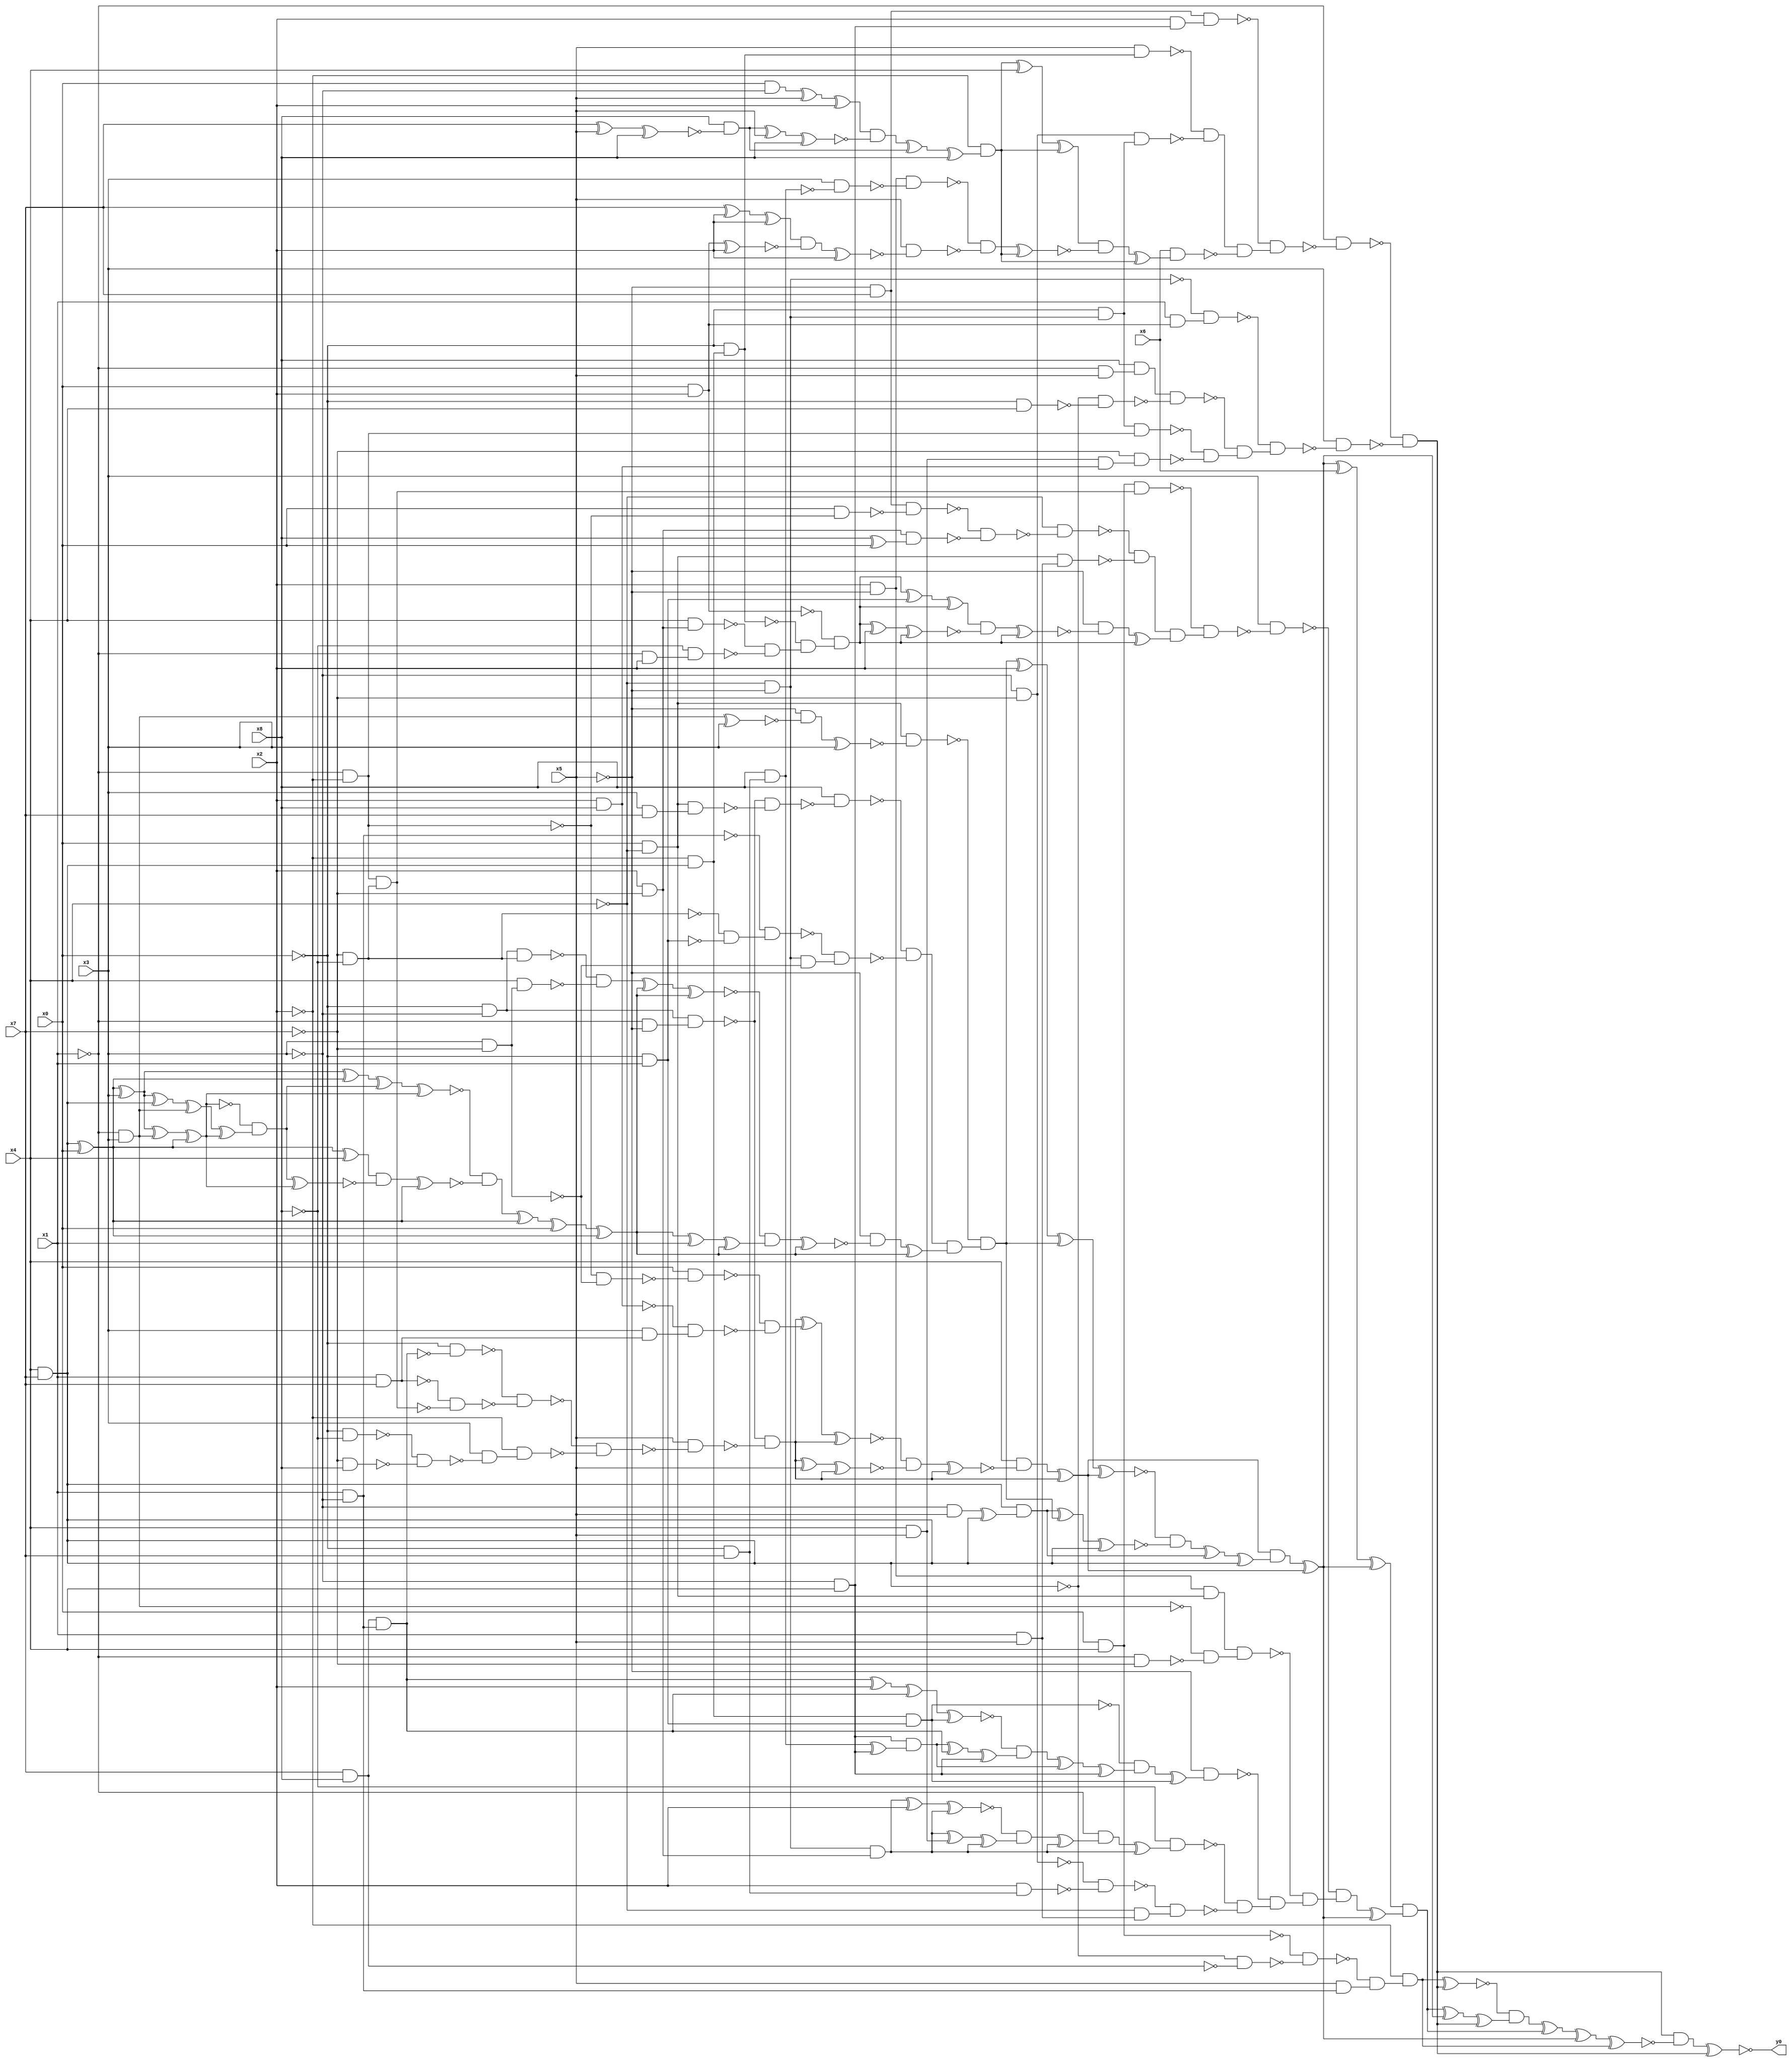
module top( x0 , x1 , x2 , x3 , x4 , x5 , x6 , x7 , x8 , y0 );
  input x0 , x1 , x2 , x3 , x4 , x5 , x6 , x7 , x8 ;
  output y0 ;
  wire n10 , n11 , n12 , n13 , n14 , n15 , n16 , n17 , n18 , n19 , n20 , n21 , n22 , n23 , n24 , n25 , n26 , n27 , n28 , n29 , n30 , n31 , n32 , n33 , n34 , n35 , n36 , n37 , n38 , n39 , n40 , n41 , n42 , n43 , n44 , n45 , n46 , n47 , n48 , n49 , n50 , n51 , n52 , n53 , n54 , n55 , n56 , n57 , n58 , n59 , n60 , n61 , n62 , n63 , n64 , n65 , n66 , n67 , n68 , n69 , n70 , n71 , n72 , n73 , n74 , n75 , n76 , n77 , n78 , n79 , n80 , n81 , n82 , n83 , n84 , n85 , n86 , n87 , n88 , n89 , n90 , n91 , n92 , n93 , n94 , n95 , n96 , n97 , n98 , n99 , n100 , n101 , n102 , n103 , n104 , n105 , n106 , n107 , n108 , n109 , n110 , n111 , n112 , n113 , n114 , n115 , n116 , n117 , n118 , n119 , n120 , n121 , n122 , n123 , n124 , n125 , n126 , n127 , n128 , n129 , n130 , n131 , n132 , n133 , n134 , n135 , n136 , n137 , n138 , n139 , n140 , n141 , n142 , n143 , n144 , n145 , n146 , n147 , n148 , n149 , n150 , n151 , n152 , n153 , n154 , n155 , n156 , n157 , n158 , n159 , n160 , n161 , n162 , n163 , n164 , n165 , n166 , n167 , n168 , n169 , n170 , n171 , n172 , n173 , n174 , n175 , n176 , n177 , n178 , n179 , n180 , n181 , n182 , n183 , n184 , n185 , n186 , n187 , n188 , n189 , n190 , n191 , n192 , n193 , n194 , n195 , n196 , n197 , n198 , n199 , n200 , n201 , n202 , n203 , n204 , n205 , n206 , n207 , n208 , n209 , n210 , n211 , n212 , n213 , n214 , n215 , n216 , n217 , n218 , n219 , n220 , n221 , n222 , n223 , n224 , n225 , n226 , n227 , n228 , n229 , n230 , n231 , n232 , n233 , n234 , n235 , n236 , n237 , n238 , n239 , n240 , n241 , n242 , n243 , n244 , n245 , n246 , n247 , n248 , n249 , n250 , n251 , n252 ;
  assign n10 = ~x5 & x7 ;
  assign n11 = ~x3 & x4 ;
  assign n12 = x2 & n11 ;
  assign n13 = n10 & n12 ;
  assign n14 = x4 & x7 ;
  assign n15 = ~x2 & n14 ;
  assign n16 = ~x0 & n15 ;
  assign n17 = x5 & n16 ;
  assign n18 = ~x3 & ~x7 ;
  assign n19 = ~x4 & ~x5 ;
  assign n20 = ~x0 & n19 ;
  assign n21 = n18 & n20 ;
  assign n22 = ~n17 & ~n21 ;
  assign n23 = x0 & ~x3 ;
  assign n24 = n23 ^ x5 ;
  assign n25 = n24 ^ x2 ;
  assign n26 = x7 ^ x5 ;
  assign n27 = n26 ^ x8 ;
  assign n28 = x8 & ~n27 ;
  assign n29 = n28 ^ x5 ;
  assign n30 = n29 ^ x8 ;
  assign n31 = n25 & ~n30 ;
  assign n32 = n31 ^ n28 ;
  assign n33 = n32 ^ x8 ;
  assign n34 = ~x2 & n33 ;
  assign n35 = n34 ^ x4 ;
  assign n36 = n35 ^ n34 ;
  assign n37 = x2 & ~x5 ;
  assign n38 = ~x0 & x7 ;
  assign n39 = x8 & n38 ;
  assign n40 = x3 & ~n39 ;
  assign n41 = n37 & ~n40 ;
  assign n42 = x7 ^ x2 ;
  assign n43 = n42 ^ x2 ;
  assign n44 = x0 & x2 ;
  assign n45 = n44 ^ x2 ;
  assign n46 = n43 & ~n45 ;
  assign n47 = n46 ^ x2 ;
  assign n48 = x5 & ~n47 ;
  assign n49 = ~n41 & ~n48 ;
  assign n50 = n49 ^ n34 ;
  assign n51 = n36 & ~n50 ;
  assign n52 = n51 ^ n34 ;
  assign n53 = x6 & n52 ;
  assign n54 = n22 & ~n53 ;
  assign n55 = ~n13 & n54 ;
  assign n56 = ~x1 & ~n55 ;
  assign n57 = x1 & n44 ;
  assign n58 = ~n19 & n57 ;
  assign n59 = ~x1 & x5 ;
  assign n60 = x8 & n59 ;
  assign n61 = ~x0 & x4 ;
  assign n62 = ~n14 & ~n61 ;
  assign n63 = n60 & ~n62 ;
  assign n64 = ~x1 & ~x2 ;
  assign n65 = n20 & n64 ;
  assign n66 = x4 & x5 ;
  assign n67 = x2 & x8 ;
  assign n68 = n66 & n67 ;
  assign n69 = ~x7 & n68 ;
  assign n70 = ~n65 & ~n69 ;
  assign n71 = ~n63 & n70 ;
  assign n72 = ~n58 & n71 ;
  assign n73 = x3 & ~n72 ;
  assign n74 = ~n56 & ~n73 ;
  assign n75 = x0 & x4 ;
  assign n76 = x7 & x8 ;
  assign n77 = ~n14 & ~n76 ;
  assign n78 = ~n75 & ~n77 ;
  assign n79 = x1 & ~x3 ;
  assign n80 = x5 & n79 ;
  assign n81 = ~n78 & n80 ;
  assign n82 = ~x2 & n81 ;
  assign n83 = n82 ^ n74 ;
  assign n91 = ~x0 & ~x3 ;
  assign n92 = ~x1 & ~x5 ;
  assign n93 = n91 & n92 ;
  assign n94 = n76 & n79 ;
  assign n95 = ~x0 & ~n94 ;
  assign n87 = x1 & x7 ;
  assign n96 = ~x7 & ~x8 ;
  assign n97 = n64 & n96 ;
  assign n98 = ~n87 & ~n97 ;
  assign n99 = ~n95 & ~n98 ;
  assign n100 = ~x0 & ~x8 ;
  assign n101 = ~x7 & x8 ;
  assign n102 = ~n100 & ~n101 ;
  assign n103 = x3 & ~n102 ;
  assign n104 = ~x2 & n103 ;
  assign n105 = ~n99 & ~n104 ;
  assign n106 = x5 & ~n105 ;
  assign n107 = ~n93 & ~n106 ;
  assign n84 = x3 & ~x7 ;
  assign n85 = ~n64 & ~n84 ;
  assign n86 = x0 & ~n85 ;
  assign n88 = x3 & n87 ;
  assign n89 = ~n67 & n88 ;
  assign n90 = ~n86 & ~n89 ;
  assign n108 = n107 ^ n90 ;
  assign n109 = n108 ^ n107 ;
  assign n110 = n107 ^ x5 ;
  assign n111 = n110 ^ n107 ;
  assign n112 = ~n109 & ~n111 ;
  assign n113 = n112 ^ n107 ;
  assign n114 = x4 & ~n113 ;
  assign n115 = n114 ^ n107 ;
  assign n116 = x0 & ~x4 ;
  assign n117 = ~x1 & x3 ;
  assign n118 = n117 ^ x3 ;
  assign n119 = ~x5 & ~n118 ;
  assign n120 = n119 ^ x3 ;
  assign n121 = n116 & ~n120 ;
  assign n122 = x3 & x7 ;
  assign n123 = n116 & n122 ;
  assign n124 = ~n93 & ~n123 ;
  assign n125 = x8 & ~n124 ;
  assign n126 = ~x0 & x1 ;
  assign n127 = ~n96 & ~n126 ;
  assign n128 = ~n79 & n127 ;
  assign n129 = n19 & ~n84 ;
  assign n130 = ~n128 & n129 ;
  assign n131 = ~n125 & ~n130 ;
  assign n151 = n91 & n96 ;
  assign n152 = x4 & n84 ;
  assign n153 = ~n151 & ~n152 ;
  assign n132 = n14 ^ x0 ;
  assign n133 = n132 ^ x3 ;
  assign n140 = n133 ^ n132 ;
  assign n134 = n133 ^ n117 ;
  assign n135 = n134 ^ n132 ;
  assign n136 = n133 ^ n14 ;
  assign n137 = n136 ^ n117 ;
  assign n138 = n137 ^ n135 ;
  assign n139 = ~n135 & n138 ;
  assign n141 = n140 ^ n139 ;
  assign n142 = n141 ^ n135 ;
  assign n143 = n132 ^ x4 ;
  assign n144 = n139 ^ n135 ;
  assign n145 = n143 & ~n144 ;
  assign n146 = n145 ^ n132 ;
  assign n147 = ~n142 & ~n146 ;
  assign n148 = n147 ^ n132 ;
  assign n149 = n148 ^ x0 ;
  assign n150 = n149 ^ n132 ;
  assign n154 = n153 ^ n150 ;
  assign n155 = n154 ^ n150 ;
  assign n156 = n150 ^ x1 ;
  assign n157 = n156 ^ n150 ;
  assign n158 = ~n155 & n157 ;
  assign n159 = n158 ^ n150 ;
  assign n160 = ~x5 & ~n159 ;
  assign n161 = n160 ^ n150 ;
  assign n162 = n131 & n161 ;
  assign n163 = ~n121 & n162 ;
  assign n164 = n163 ^ x2 ;
  assign n165 = n164 ^ n163 ;
  assign n166 = n165 ^ n115 ;
  assign n167 = ~x3 & x5 ;
  assign n168 = n167 ^ n14 ;
  assign n169 = n14 & n168 ;
  assign n170 = n169 ^ n163 ;
  assign n171 = n170 ^ n14 ;
  assign n172 = ~n166 & ~n171 ;
  assign n173 = n172 ^ n169 ;
  assign n174 = n173 ^ n14 ;
  assign n175 = n115 & n174 ;
  assign n176 = n175 ^ n115 ;
  assign n177 = n176 ^ x6 ;
  assign n178 = n177 ^ n176 ;
  assign n179 = n75 & n97 ;
  assign n180 = x0 & ~n64 ;
  assign n181 = n10 & ~n180 ;
  assign n182 = x2 & ~x7 ;
  assign n183 = x8 ^ x0 ;
  assign n184 = n182 & n183 ;
  assign n185 = ~n181 & ~n184 ;
  assign n186 = ~x4 & ~n185 ;
  assign n187 = x1 & x5 ;
  assign n188 = n116 & n187 ;
  assign n189 = ~n186 & ~n188 ;
  assign n190 = x4 & n182 ;
  assign n191 = ~x1 & x2 ;
  assign n192 = ~x8 & n191 ;
  assign n193 = ~n190 & ~n192 ;
  assign n194 = ~n16 & n193 ;
  assign n195 = ~n44 & n194 ;
  assign n196 = n195 ^ n126 ;
  assign n197 = n196 ^ n195 ;
  assign n198 = n195 ^ x2 ;
  assign n199 = n198 ^ n195 ;
  assign n200 = n197 & ~n199 ;
  assign n201 = n200 ^ n195 ;
  assign n202 = ~x5 & ~n201 ;
  assign n203 = n202 ^ n195 ;
  assign n204 = n189 & n203 ;
  assign n205 = ~n179 & n204 ;
  assign n206 = x3 & ~n205 ;
  assign n207 = n37 & n116 ;
  assign n208 = ~x1 & ~x7 ;
  assign n209 = ~n117 & ~n208 ;
  assign n210 = n207 & n209 ;
  assign n211 = n15 & n126 ;
  assign n212 = n94 ^ x2 ;
  assign n213 = n212 ^ n94 ;
  assign n214 = n213 ^ n211 ;
  assign n215 = n39 ^ n11 ;
  assign n216 = n11 & n215 ;
  assign n217 = n216 ^ n94 ;
  assign n218 = n217 ^ n11 ;
  assign n219 = ~n214 & n218 ;
  assign n220 = n219 ^ n216 ;
  assign n221 = n220 ^ n11 ;
  assign n222 = ~n211 & n221 ;
  assign n223 = n222 ^ n211 ;
  assign n224 = ~x5 & n223 ;
  assign n225 = n19 & n182 ;
  assign n226 = n225 ^ x2 ;
  assign n227 = n226 ^ n225 ;
  assign n228 = n225 ^ n66 ;
  assign n229 = n228 ^ n225 ;
  assign n230 = ~n227 & n229 ;
  assign n231 = n230 ^ n225 ;
  assign n232 = ~x1 & n231 ;
  assign n233 = n232 ^ n225 ;
  assign n234 = ~x8 & n233 ;
  assign n235 = x2 & n38 ;
  assign n236 = ~n18 & ~n235 ;
  assign n237 = ~x4 & n187 ;
  assign n238 = ~n236 & n237 ;
  assign n239 = ~n234 & ~n238 ;
  assign n240 = ~n224 & n239 ;
  assign n241 = ~n210 & n240 ;
  assign n242 = ~n206 & n241 ;
  assign n243 = n242 ^ n176 ;
  assign n244 = n178 & n243 ;
  assign n245 = n244 ^ n176 ;
  assign n246 = n245 ^ n74 ;
  assign n247 = ~n83 & n246 ;
  assign n248 = n247 ^ n244 ;
  assign n249 = n248 ^ n176 ;
  assign n250 = n249 ^ n82 ;
  assign n251 = n74 & ~n250 ;
  assign n252 = n251 ^ n74 ;
  assign y0 = ~n252 ;
endmodule